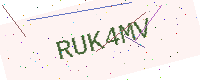
Text: RUK4MV